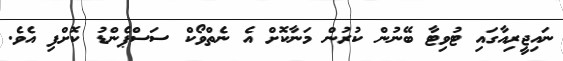
ނައިޖީރިއާގައި ޓުވިޓާ ބޭނުން ކުރުން މަނާކޮށް އެ ނެތްވޯކް ސަސްޕެންޑު ކޮށްފި އެވެ.